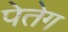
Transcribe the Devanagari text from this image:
पेतेग